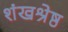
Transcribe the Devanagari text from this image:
शंखश्रेष्ठ